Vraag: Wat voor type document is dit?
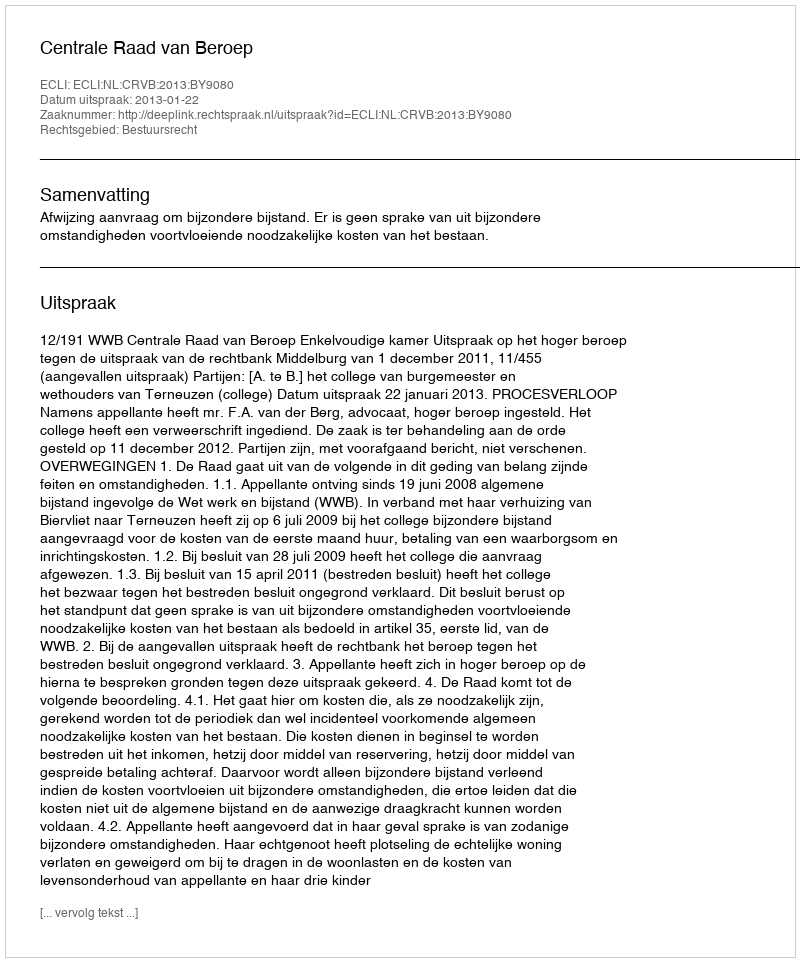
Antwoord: Uitspraak